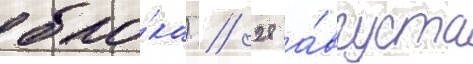
бло́ка) // 28 а́вгуста